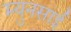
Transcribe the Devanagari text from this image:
म्युनसाई